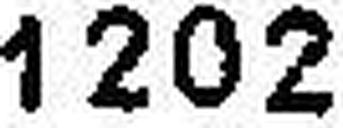
1202